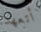
أتعهد